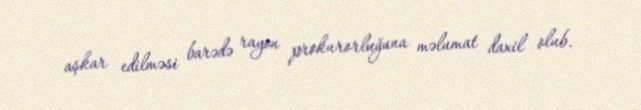
aşkar edilməsi barədə rayon prokurorluğuna məlumat daxil olub.